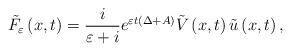
LaTeX: \begin{align*}\tilde{F}_{\varepsilon }\left( x,t\right) =\frac{i}{\varepsilon +i}e^{\varepsilon t\left( \Delta +A\right) }\tilde{V}\left( x,t\right) \tilde{u}\left( x,t\right) , \end{align*}